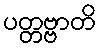
ပတ္တဗ္ဗာတိ